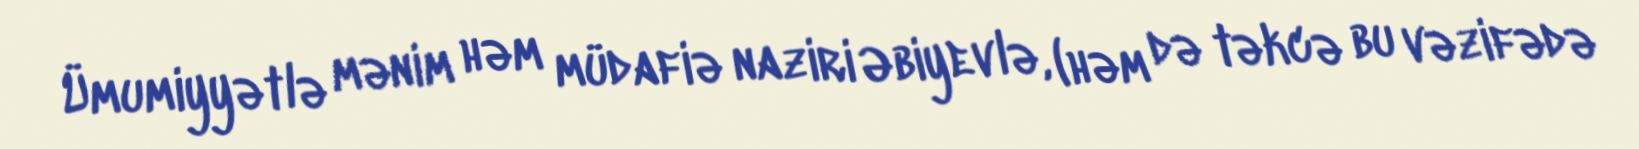
Ümumiyyətlə mənim həm müdafiə naziri Əbiyevlə, (həm də təkcə bu vəzifədə